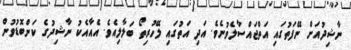
ނާޝިދުއަށް ނޭފަތުގައި އަތްޖައްސާލެވުނެވެ. އަދި އަތުގައި ލޭހުރިތޯ ބަލާލިއެވެ. އެއާއެކު ނާޝިދުގެ ކަންބޮޑުވުން